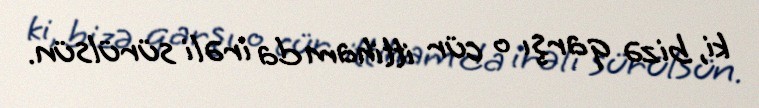
ki, bizə qarşı o cür ittiham da irəli sürülsün.